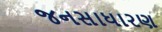
જનસાધારણ